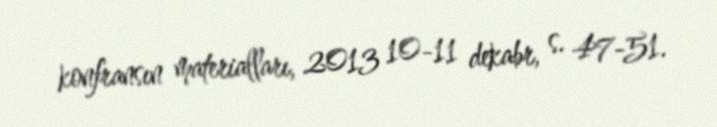
konfransın materialları, 2013 10-11 dekabr, s. 47-51.